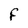
Character: f